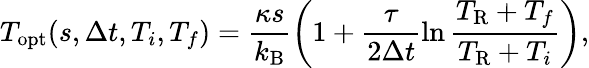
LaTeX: T_{\mathrm{opt}}(s,\Delta t,T_{i},T_{f})=\frac{\kappa s}{k_{\mathrm{B}}}\left(1+\frac{\tau}{2\Delta t}\ln\frac{T_{\mathrm{R}}+T_{f}}{T_{\mathrm{R}}+T_{i}}\right),